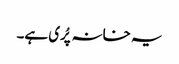
یہ خانہ پُری ہے۔